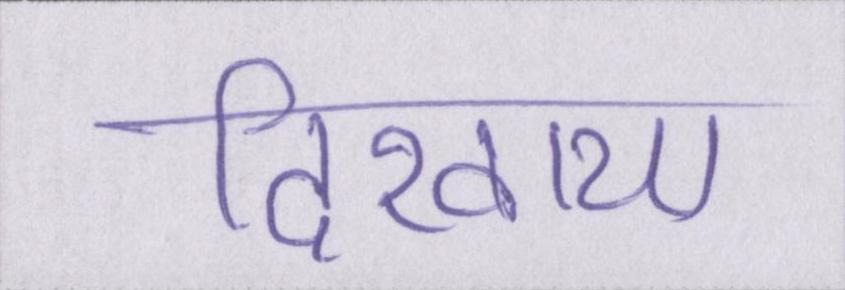
दिखाया